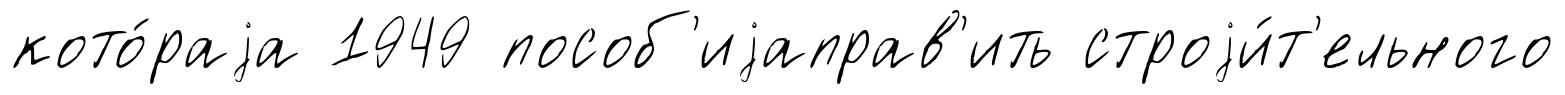
кото́раjа 1949 пособ'иjаправ'ить строjи́т'ельного